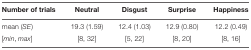
<table><thead><tr><td><b>Number of trials</b></td><td><b>Neutral</b></td><td><b>Disgust</b></td><td><b>Surprise</b></td><td><b>Happiness</b></td></tr></thead><tbody><tr><td>mean (<i>SE</i>)</td><td>19.3 (1.59)</td><td>12.4 (1.03)</td><td>12.9 (0.80)</td><td>12.2 (0.49)</td></tr><tr><td>[<i>min, max</i>]</td><td>[8, 32]</td><td>[5, 22]</td><td>[8, 20]</td><td>[8, 16]</td></tr></tbody></table>